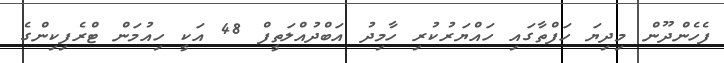
ފެހެންދޫން މިދިޔަ ހަފްތާގައި ހައްޔަރުކުރި ހާމިދު އަބްދުއްލަތީފް 48 އަކީ ހިއުމަން ޓްރެފިކިންގެ